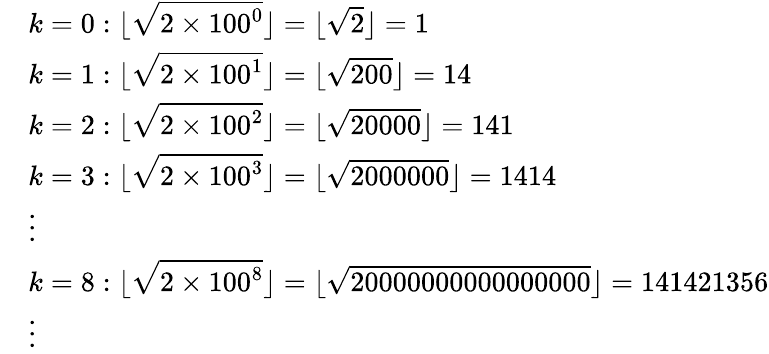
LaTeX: {\begin{array}{rl}&{k=0:\lfloor{\sqrt{2\times 100^{0}}}\rfloor=\lfloor{\sqrt{2}}\rfloor=1}\\ &{k=1:\lfloor{\sqrt{2\times 100^{1}}}\rfloor=\lfloor{\sqrt{200}}\rfloor=14}\\ &{k=2:\lfloor{\sqrt{2\times 100^{2}}}\rfloor=\lfloor{\sqrt{20000}}\rfloor=141}\\ &{k=3:\lfloor{\sqrt{2\times 100^{3}}}\rfloor=\lfloor{\sqrt{2000000}}\rfloor=1414}\\ &{\vdots}\\ &{k=8:\lfloor{\sqrt{2\times 100^{8}}}\rfloor=\lfloor{\sqrt{20000000000000000}}\rfloor=141421356}\\ &{\vdots}\end{array}}